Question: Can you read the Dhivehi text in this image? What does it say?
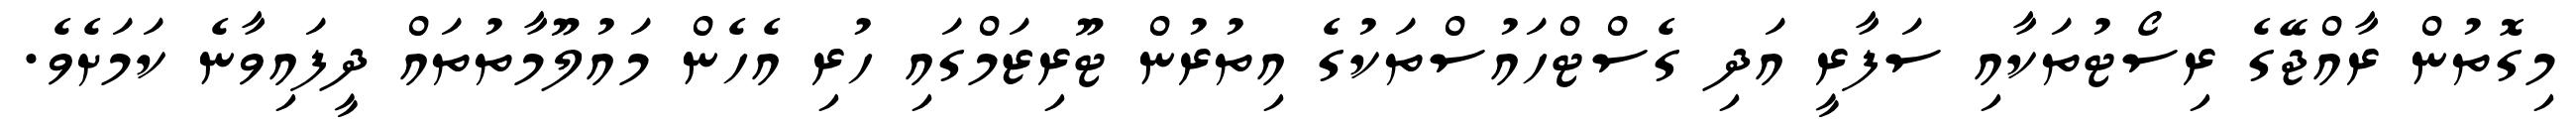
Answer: މިގޮތުން ރާއްޖޭގެ ރިސޯޓުތަކާއި ސަފާރީ އަދި ގެސްޓްހައުސްތަކުގެ އިތުރުން ޓޫރިޒަމްގައި ހުރި އެހެން މައުލޫމާތުތައް ދީފައިވާނެ ކަމަށެވެ.